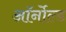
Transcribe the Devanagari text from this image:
ऑर्नोल्ड